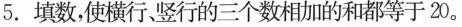
5.填数，使横行、竖行的三个数相加的和都等于20。